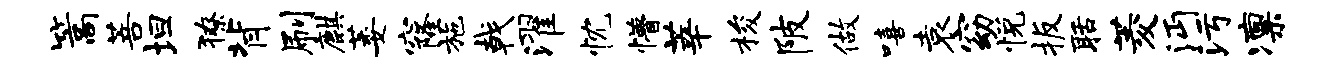
篙菩坦獠背刷麒萎窿施戟濯忱懵莘梭陂做嘻袁窈悦扳聒菱沔污凛